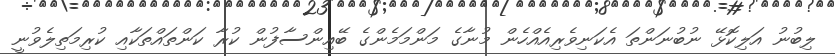
ލިބުނު އަލިކޮޅޭ ނުބުނަންތަ އެކަނިވެރިއެއްހެން މުނާގެ މަންމަމެންގެ ބޭއިންސާފުން ކުރާ ކަންތައްތަކާއި ކުރިމަތިލެވުނީ